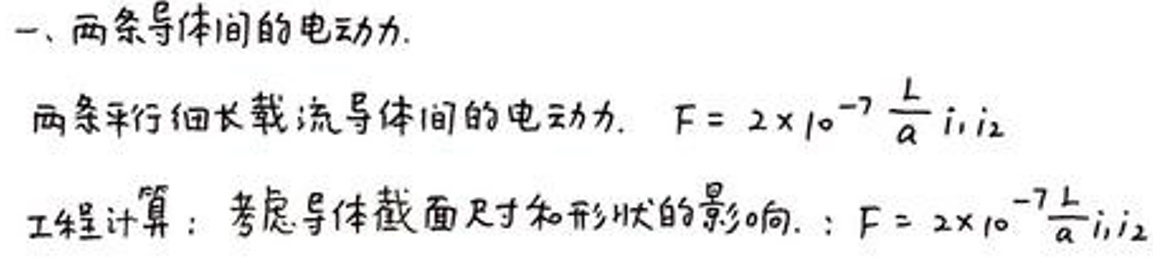
一、两条导体间的电动力。

两条平行细长载流导体间的电动力。\(F = 2\times 10^{-7}\frac{L}{a}i_1i_2\)

工程计算：考虑导体截面尺寸和形状的影响。\(F = 2\times 10^{-7}\frac{L}{a}i_1i_2\)